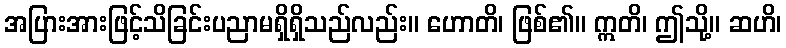
အပြားအားဖြင့်သိခြင်းပညာမရှိရှိသည်လည်း။ ဟောတိ၊ ဖြစ်၏။ ဣတိ၊ ဤသို့။ ဆဟိ၊